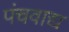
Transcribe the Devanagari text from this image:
पंचवाद्य